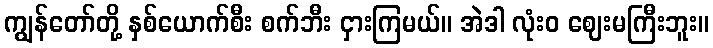
ကျွန်တော်တို့ နှစ်ယောက်စီး စက်ဘီး ငှားကြမယ်။ အဲဒါ လုံးဝ ဈေးမကြီးဘူး။